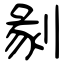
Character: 剶